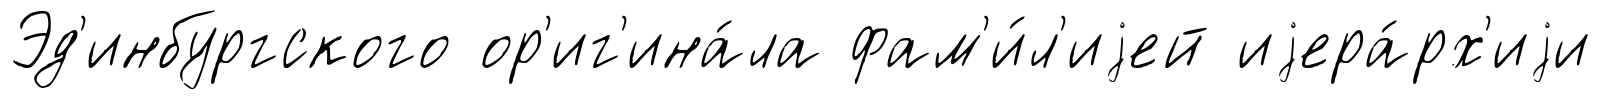
Эд'инбургского ор'иг'ина́ла фам'и́л'иjей иjера́рх'иjи